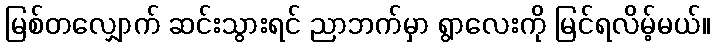
မြစ်တလျှောက် ဆင်းသွားရင် ညာဘက်မှာ ရွာလေးကို မြင်ရလိမ့်မယ်။